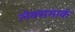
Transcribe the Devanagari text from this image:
लेक्समार्क